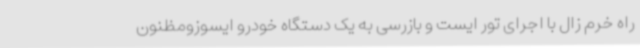
راه خرم زال با اجرای تور ایست و بازرسی به یک دستگاه خودرو ایسوزومظنون